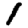
Digit: 1